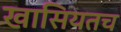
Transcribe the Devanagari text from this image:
खासियतच